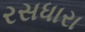
રસધારા